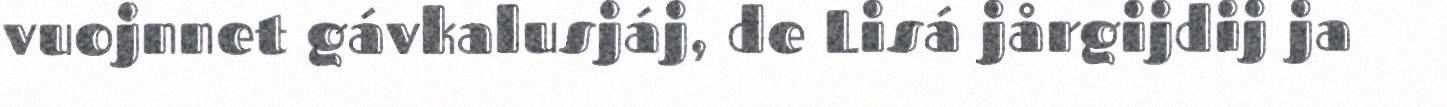
vuojnnet gávkalusjáj, de Lisá jårgijdij ja